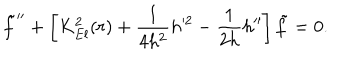
{ \tilde { f } } ^ { \prime \prime } + \left[ K _ { E l } ^ { 2 } ( r ) + \frac { 1 } { 4 h ^ { 2 } } h ^ { 2 } - \frac { 1 } { 2 h } h ^ { \prime \prime } \right] { \tilde { f } } = 0 .